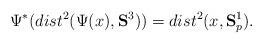
LaTeX: \begin{align*}\Psi^{\ast}(dist^{2}(\Psi(x),\mathbf{S}^{3}))=dist^{2}(x,\mathbf{S}_{p}^{1}).\end{align*}